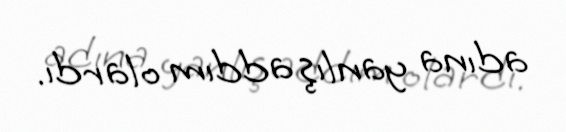
adına yanlış addım olardı.